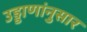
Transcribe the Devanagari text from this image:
उड्डाणांनुसार